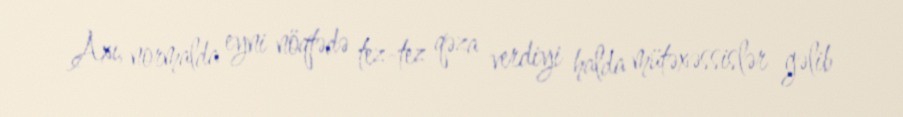
Axı, normalda eyni nöqtədə tez-tez qəza verdiyi halda mütəxəssislər gəlib